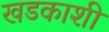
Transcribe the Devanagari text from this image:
खडकाशी